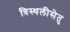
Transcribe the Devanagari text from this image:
त्रिस्थलीसेतु